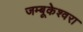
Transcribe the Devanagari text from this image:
जम्बूकेश्‍वरा